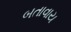
બતાવાય